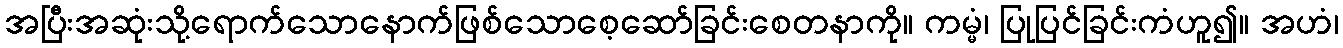
အပြီးအဆုံးသို့ရောက်သောနောက်ဖြစ်သောစေ့ဆော်ခြင်းစေတနာကို။ ကမ္မံ၊ ပြုပြင်ခြင်းကံဟူ၍။ အဟံ၊